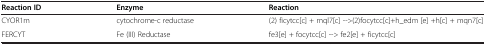
<table><thead><tr><td><b>Reaction ID</b></td><td><b>Enzyme</b></td><td><b>Reaction</b></td></tr></thead><tbody><tr><td>CYOR1m</td><td>cytochrome-c reductase</td><td>(2) ficytcc[c] + mql7[c] --&gt;(2)focytcc[c]+h_edm [e] +h[c] + mqn7[c]</td></tr><tr><td>FERCYT</td><td>Fe (III) Reductase</td><td>fe3[e] + focytcc[c] --&gt; fe2[e] + ficytcc[c]</td></tr></tbody></table>